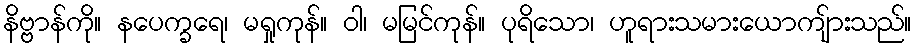
နိဗ္ဗာန်ကို။ နပေက္ခရေ၊ မရှုကုန်။ ဝါ၊ မမြင်ကုန်။ ပုရိသော၊ ဟူရားသမားယောကျ်ားသည်။